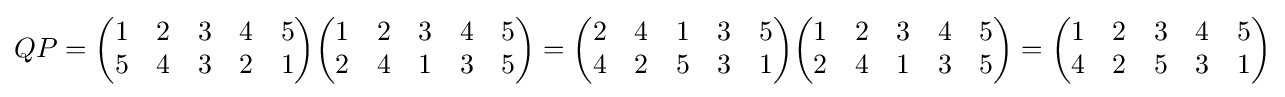
QP={\begin{pmatrix}1&2&3&4&5\\5&4&3&2&1\end{pmatrix}}{\begin{pmatrix}1&2&3&4&5\\2&4&1&3&5\end{pmatrix}}={\begin{pmatrix}2&4&1&3&5\\4&2&5&3&1\end{pmatrix}}{\begin{pmatrix}1&2&3&4&5\\2&4&1&3&5\end{pmatrix}}={\begin{pmatrix}1&2&3&4&5\\4&2&5&3&1\end{pmatrix}}